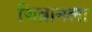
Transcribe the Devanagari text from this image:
जिब्रानला